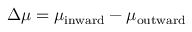
\Delta \mu = \mu _ { \mathrm { i n w a r d } } - \mu _ { \mathrm { o u t w a r d } }